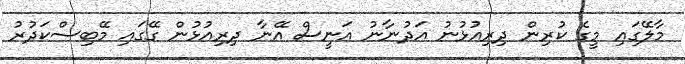
މާލޭގައި މީގެ ކުރިން ދިރިއުޅުނު އަދުނާނު އަނީސް އޭނާ ދިރިއުޅުން ގޭގައި މޭބިސްކަދުރު